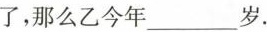
了，那么乙今年___岁.